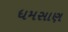
ધમસાણ